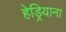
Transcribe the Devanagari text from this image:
हेड्रियाना